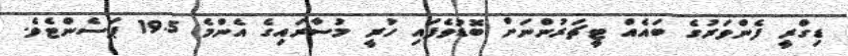
ޑިގްރީ ފެންވަރުގެ ބައެއް ޓީޗަރުންނަށް ބޮޑުވެފައި ހުރީ މުސާރައިގެ އެންމެ 19.5 ޕަސެންޓެވެ.